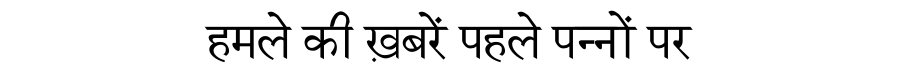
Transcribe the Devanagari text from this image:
हमले की ख़बरें पहले पन्नों पर